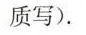
质写).